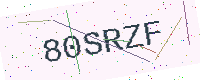
Text: 80SRZF